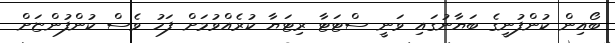
ބޯއިން ކުންފުނީގެ ބަޔާނުގައި ވަނީ ސްޓަޓާ ރިޓަޔާ ކުރެއްވުމަށް ފަހު ވެސް ކުންފުންޏަށް